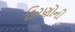
કિરણોની